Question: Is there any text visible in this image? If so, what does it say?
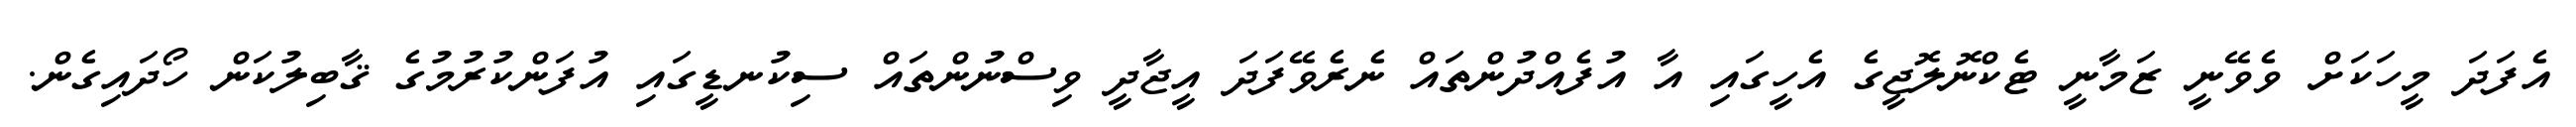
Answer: އެފަދަ މީހަކަށް ވެވޭނީ ޒަމާނީ ޓެކްނޮލޮޖީގެ އެހީގައި އާ އުފެއްދުންތައް ނެރެވޭފަދަ އީޖާދީ ވިސްނުންތައް ސިކުނޑީގައި އުފަންކުރުމުގެ ޤާބިލުކަން ހޯދައިގެން.